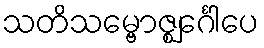
သတိသမ္ဗောဇ္ဈင်္ဂေါပေ